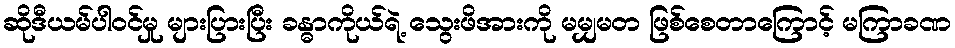
ဆိုဒီယမ်ပါဝင်မှု များပြားပြီး ခန္ဓာကိုယ်ရဲ့ သွေးဖိအားကို မမျှမတ ဖြစ်စေတာကြောင့် မကြာခဏ